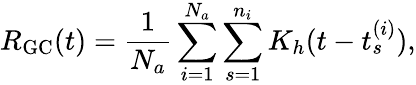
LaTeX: R_{\mathrm{{GC}}}(t)=\frac{1}{N_{a}}\sum_{i=1}^{N_{a}}\sum_{s=1}^{n_{i}}K_{h}(t-t_{s}^{(i)}),